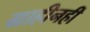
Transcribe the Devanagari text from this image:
ग्राहीनहीं